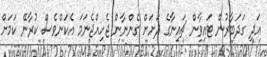
އަދި ގަދަބާރުން ޓައިވާން ޗައިނާގެ ދަށަށް ގެންނާން ޖެހިއްޖެނަމަ އެކަންވެސް ކުރާނޭ ކަމަށް